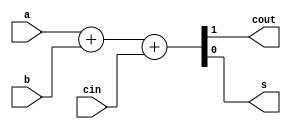
`timescale 1ns / 1ps


module FA(a,b,cin,cout,s);
    input a,b,cin;
    output cout,s;
    
    assign {cout, s} = a + b + cin;
endmodule